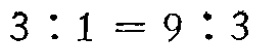
$3:1 = 9:3$